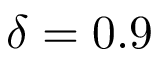
\delta = 0 . 9